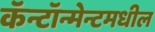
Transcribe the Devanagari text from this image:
कॅन्टॉन्मेन्टमधील